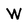
Character: W